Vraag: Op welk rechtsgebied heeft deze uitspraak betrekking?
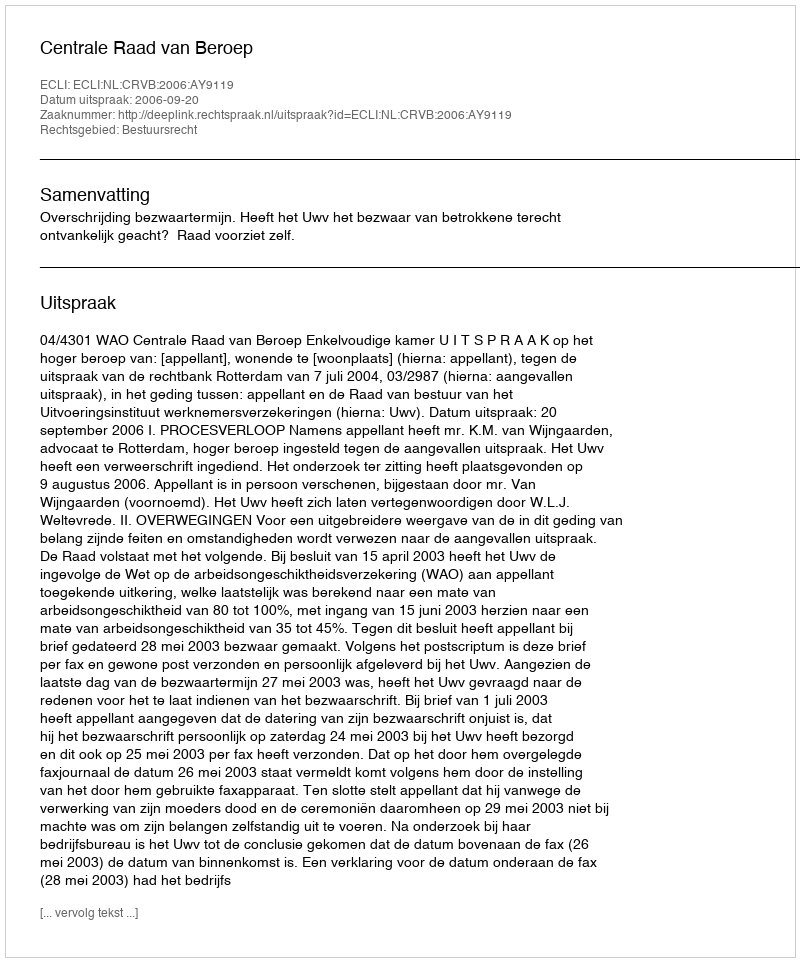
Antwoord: Bestuursrecht